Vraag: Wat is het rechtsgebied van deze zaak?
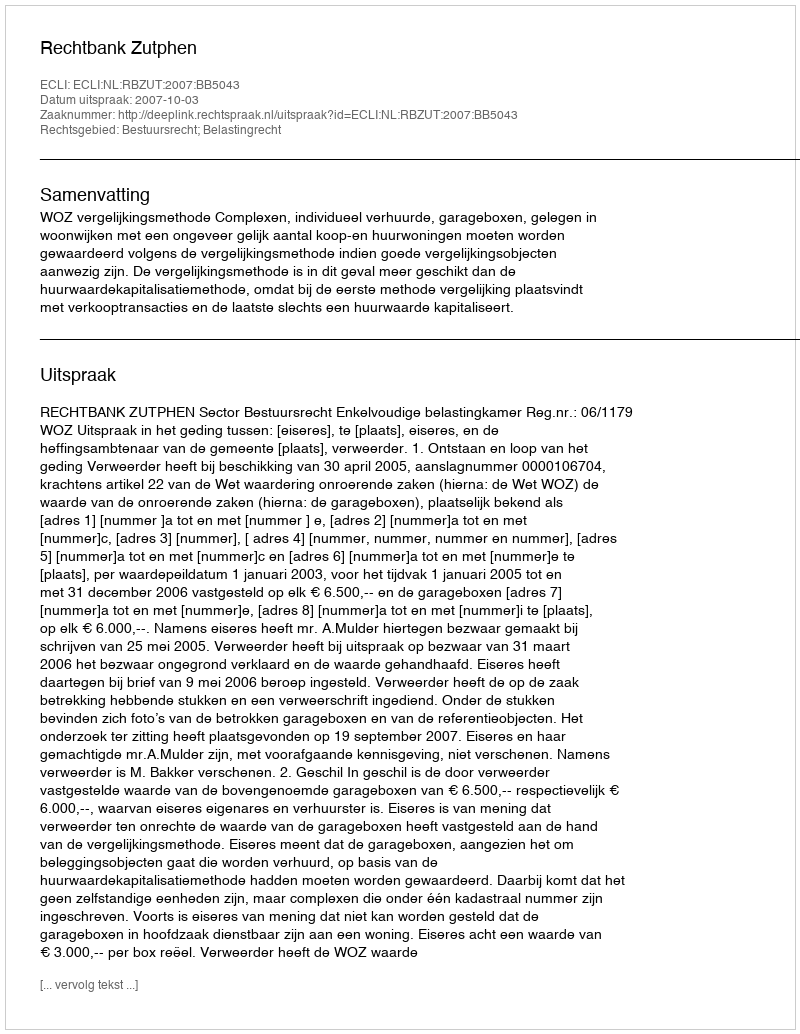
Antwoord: Bestuursrecht; Belastingrecht